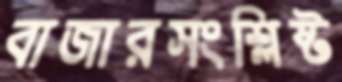
বাজারসংশ্লিষ্ট